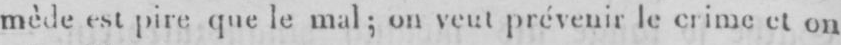
mède est pire que le mal; on veut prévenir le crime et on